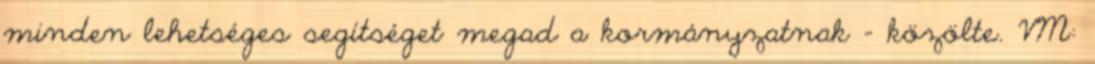
minden lehetséges segítséget megad a kormányzatnak - közölte. VM: